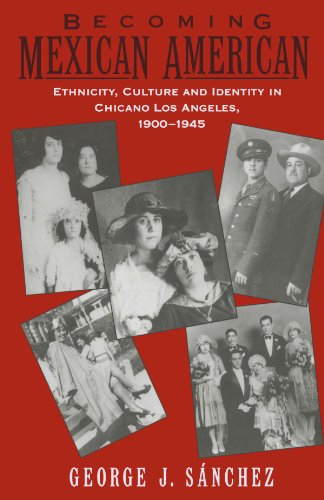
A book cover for Becoming Mexican American: Ethnicity, Culture, and Identity in Chicano Los Angeles, 1900-1945; George J. Sanchez; History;